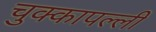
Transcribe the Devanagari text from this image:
चुक्कापल्ली